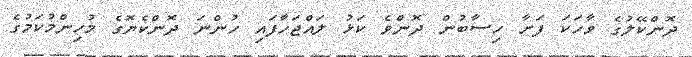
ދޮންކޭލުގެ ވާހަކަ ފަށާ ހިސާބުން ދޮންވެ ކަޅު ލައްޖަހާފައި ހުންނަ ދޮންކެޔޮގެ މުހިންމުކަމުގެ